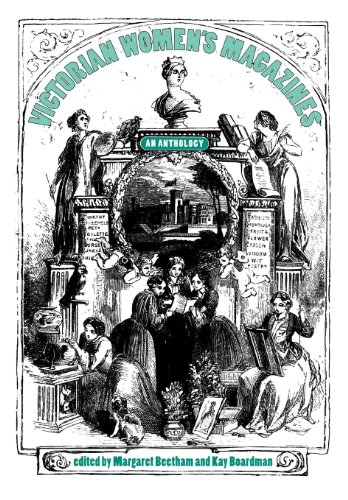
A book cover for Victorian womens magazines: An anthology; Crafts, Hobbies & Home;